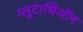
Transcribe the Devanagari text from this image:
ग्लूटाथिऑन